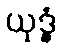
ယုဒ္ဓံ